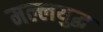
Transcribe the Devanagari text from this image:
मल्लयुद्घ